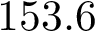
1 5 3 . 6